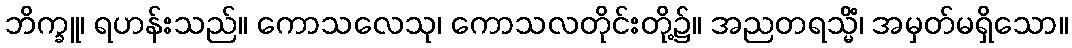
ဘိက္ခူ၊ ရဟန်းသည်။ ကောသလေသု၊ ကောသလတိုင်းတို့၌။ အညတရသ္မိံ၊ အမှတ်မရှိသော။